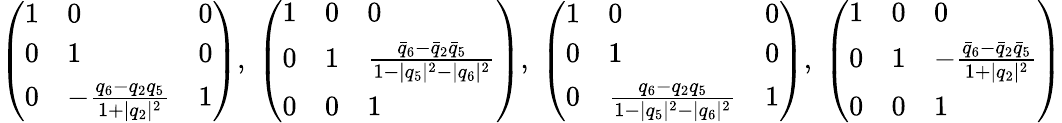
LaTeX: \begin{array}{r}{\left(\begin{array}{lll}{1}&{0}&{0}\\ {0}&{1}&{0}\\ {0}&{-\frac{q_{6}-q_{2}q_{5}}{1+|q_{2}|^{2}}}&{1}\end{array}\right),\; \left(\begin{array}{lll}{1}&{0}&{0}\\ {0}&{1}&{\frac{\bar{q}_{6}-\bar{q}_{2}\bar{q}_{5}}{1-|q_{5}|^{2}-|q_{6}|^{2}}}\\ {0}&{0}&{1}\end{array}\right),\; \left(\begin{array}{lll}{1}&{0}&{0}\\ {0}&{1}&{0}\\ {0}&{\frac{q_{6}-q_{2}q_{5}}{1-|q_{5}|^{2}-|q_{6}|^{2}}}&{1}\end{array}\right),\; \left(\begin{array}{lll}{1}&{0}&{0}\\ {0}&{1}&{-\frac{\bar{q}_{6}-\bar{q}_{2}\bar{q}_{5}}{1+|q_{2}|^{2}}}\\ {0}&{0}&{1}\end{array}\right)}\end{array}